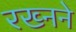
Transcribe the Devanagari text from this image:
रख्नने